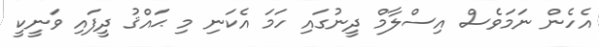
އެހެން ނަމަވެސް އިސްލާމް ދީނުގައި ހަމަ އެކަނި މި ޙައްޤު ދީފައި ވަނީކީ